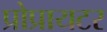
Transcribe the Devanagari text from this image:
प्रोप्रायटर